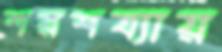
শরশয্যায়